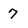
Character: 7